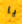
يا